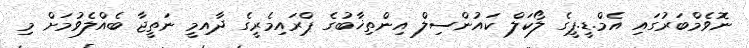
ނޮވެމްބަރުގައި އެމް.ޑީ.ޕީގެ ލޯކަލް ކައުންސިލް އިންތިޚާބުގެ ޕްރައިމެރީގެ ދާއިމީ ނަތީޖާ ބެއްލެވުމަށް މި